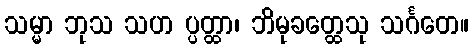
သမ္မာ ဘုသ သဟ ပ္ပတ္ထာ၊ ဘိမုခတ္ထေသု သင်္ဂတေ။